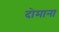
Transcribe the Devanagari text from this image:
दोमाना